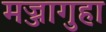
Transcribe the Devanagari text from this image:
मज्जागुहा